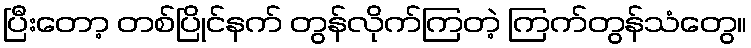
ပြီးတော့ တစ်ပြိုင်နက် တွန်လိုက်ကြတဲ့ ကြက်တွန်သံတွေ။